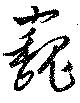
巍